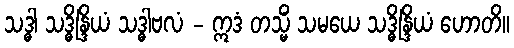
သဒ္ဓါ သဒ္ဓိန္ဒြိယံ သဒ္ဓါဗလံ - ဣဒံ တသ္မိံ သမယေ သဒ္ဓိန္ဒြိယံ ဟောတိ။